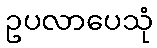
ဥပလာပေသုံ